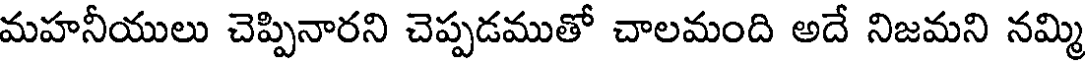
మహనీయులు చెప్పినారని చెప్పడముతో చాలమంది అదే నిజమని నమ్మి